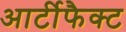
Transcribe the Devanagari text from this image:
आर्टीफैक्ट